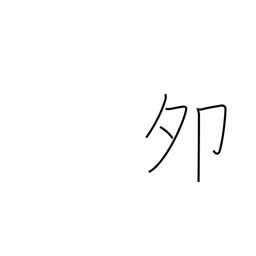
Meaning: 5-7AM